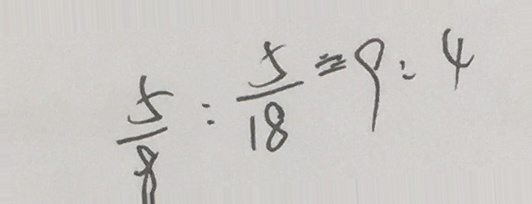
\frac { 5 } { 8 } : \frac { 5 } { 1 8 } \equiv 9 : 4